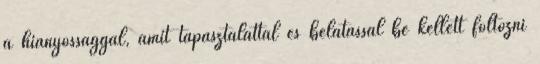
a hiányossággal, amit tapasztalattal és belátással be kellett foltozni